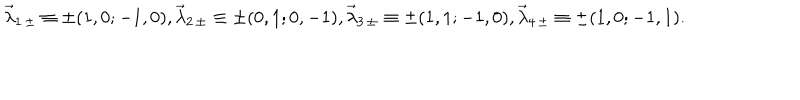
{ \vec { \lambda } } _ { 1 \, \pm } \equiv \pm ( 1 , 0 ; - 1 , 0 ) , { \vec { \lambda } } _ { 2 \, \pm } \equiv \pm ( 0 , 1 ; 0 , - 1 ) , { \vec { \lambda } } _ { 3 \, \pm } \equiv \pm ( 1 , 1 ; - 1 , 0 ) , { \vec { \lambda } } _ { 4 \, \pm } \equiv \pm ( 1 , 0 ; - 1 , 1 ) .